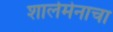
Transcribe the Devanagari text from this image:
शार्लमेनाचा